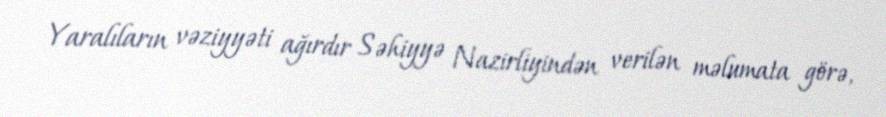
Yaralıların vəziyyəti ağırdır Səhiyyə Nazirliyindən verilən məlumata görə,